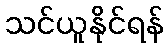
သင်ယူနိုင်ရန်